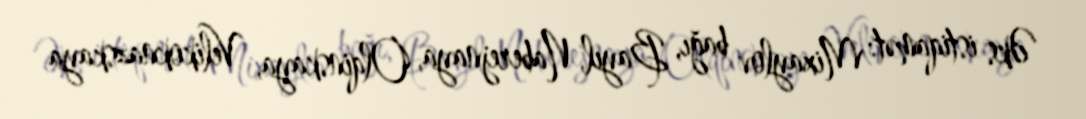
Əks istiqamət: Mixaylov bağı, Bayıl, Naberejnaya, Olqinskaya, Velikoknazskaya